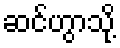
ဆင်ဟွာသို့